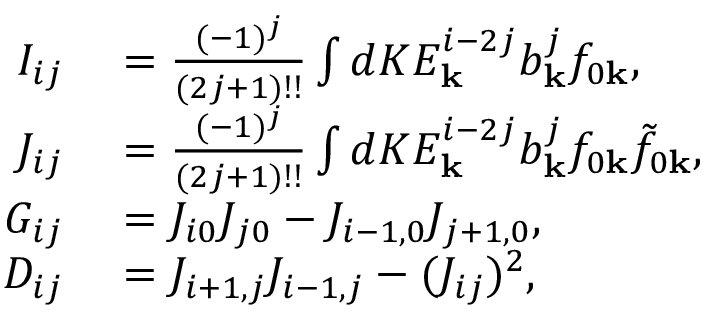
\begin{array} { r l } { I _ { i j } } & { { } = \frac { ( - 1 ) ^ { j } } { ( 2 j + 1 ) ! ! } \int d K E _ { \mathbf { k } } ^ { i - 2 j } b _ { \mathbf { k } } ^ { j } f _ { 0 \mathbf { k } } , } \\ { J _ { i j } } & { { } = \frac { ( - 1 ) ^ { j } } { ( 2 j + 1 ) ! ! } \int d K E _ { \mathbf { k } } ^ { i - 2 j } b _ { \mathbf { k } } ^ { j } f _ { 0 \mathbf { k } } \tilde { f } _ { 0 \mathbf { k } } , } \\ { G _ { i j } } & { { } = J _ { i 0 } J _ { j 0 } - J _ { i - 1 , 0 } J _ { j + 1 , 0 } , } \\ { D _ { i j } } & { { } = J _ { i + 1 , j } J _ { i - 1 , j } - ( J _ { i j } ) ^ { 2 } , } \end{array}